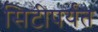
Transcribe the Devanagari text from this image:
सिटीपर्यंत